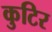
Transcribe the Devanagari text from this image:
कुटिर